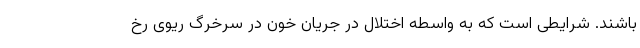
باشند. شرایطی است که به واسطه اختلال در جریان خون در سرخرگ ریوی رخ